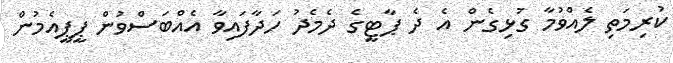
ކުރިމަތި ލެއްވުމާ ގުޅިގެން އެ ދެ ޕާޓީގެ ދެމެދު ހަދާފައިވާ އެއްބަސްވުން ޕީޕީއެމުން